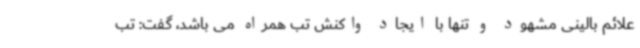
علائم بالینی مشهود و تنها با ایجاد واکنش تب همراه می باشد، گفت: تب